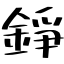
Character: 錚